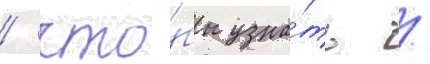
/ что́бы узна́ть /